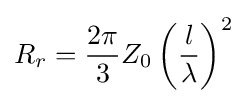
R_{r}={\frac {2\pi }{3}}Z_{0}\left({\frac {l}{\lambda }}\right)^{2}